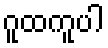
ဂူထကူပါ